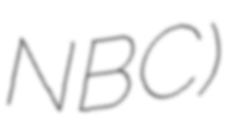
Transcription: NBC)